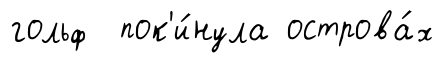
гольф пок'и́нула острова́х